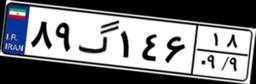
۵۶گ۶۶۳۲۵